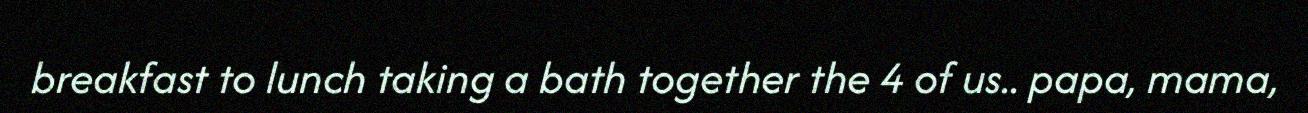
breakfast to lunch taking a bath together the 4 of us.. papa, mama,